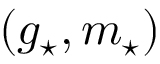
( g _ { \star } , m _ { \star } )